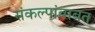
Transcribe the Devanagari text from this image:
संकल्पांबाबत